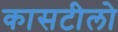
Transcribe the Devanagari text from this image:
कासटीलो